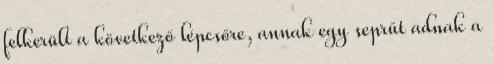
felkerült a következő lépcsőre, annak egy seprűt adnak a